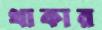
থাকার